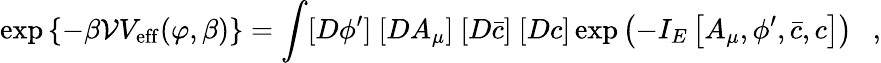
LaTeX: \exp\left\{ -\beta{\cal V}V_{\mathrm{eff}}(\varphi,\beta)\right\} =\int[D\phi^{\prime}]~[DA_{\mu}]~[D\bar{c}]~[Dc]\exp\left(-I_{E}\left[A_{\mu},\phi^{\prime},\bar{c},c\right]\right)~~~,